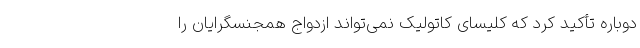
دوباره تأکید کرد که کلیسای کاتولیک نمی‌تواند ازدواج همجنسگرایان را